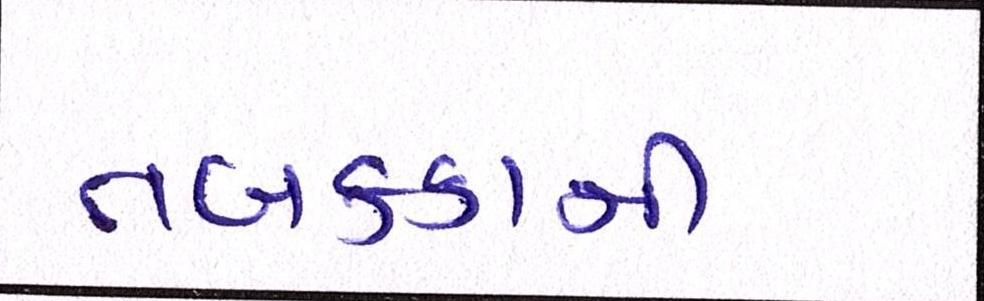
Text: તબક્કાની